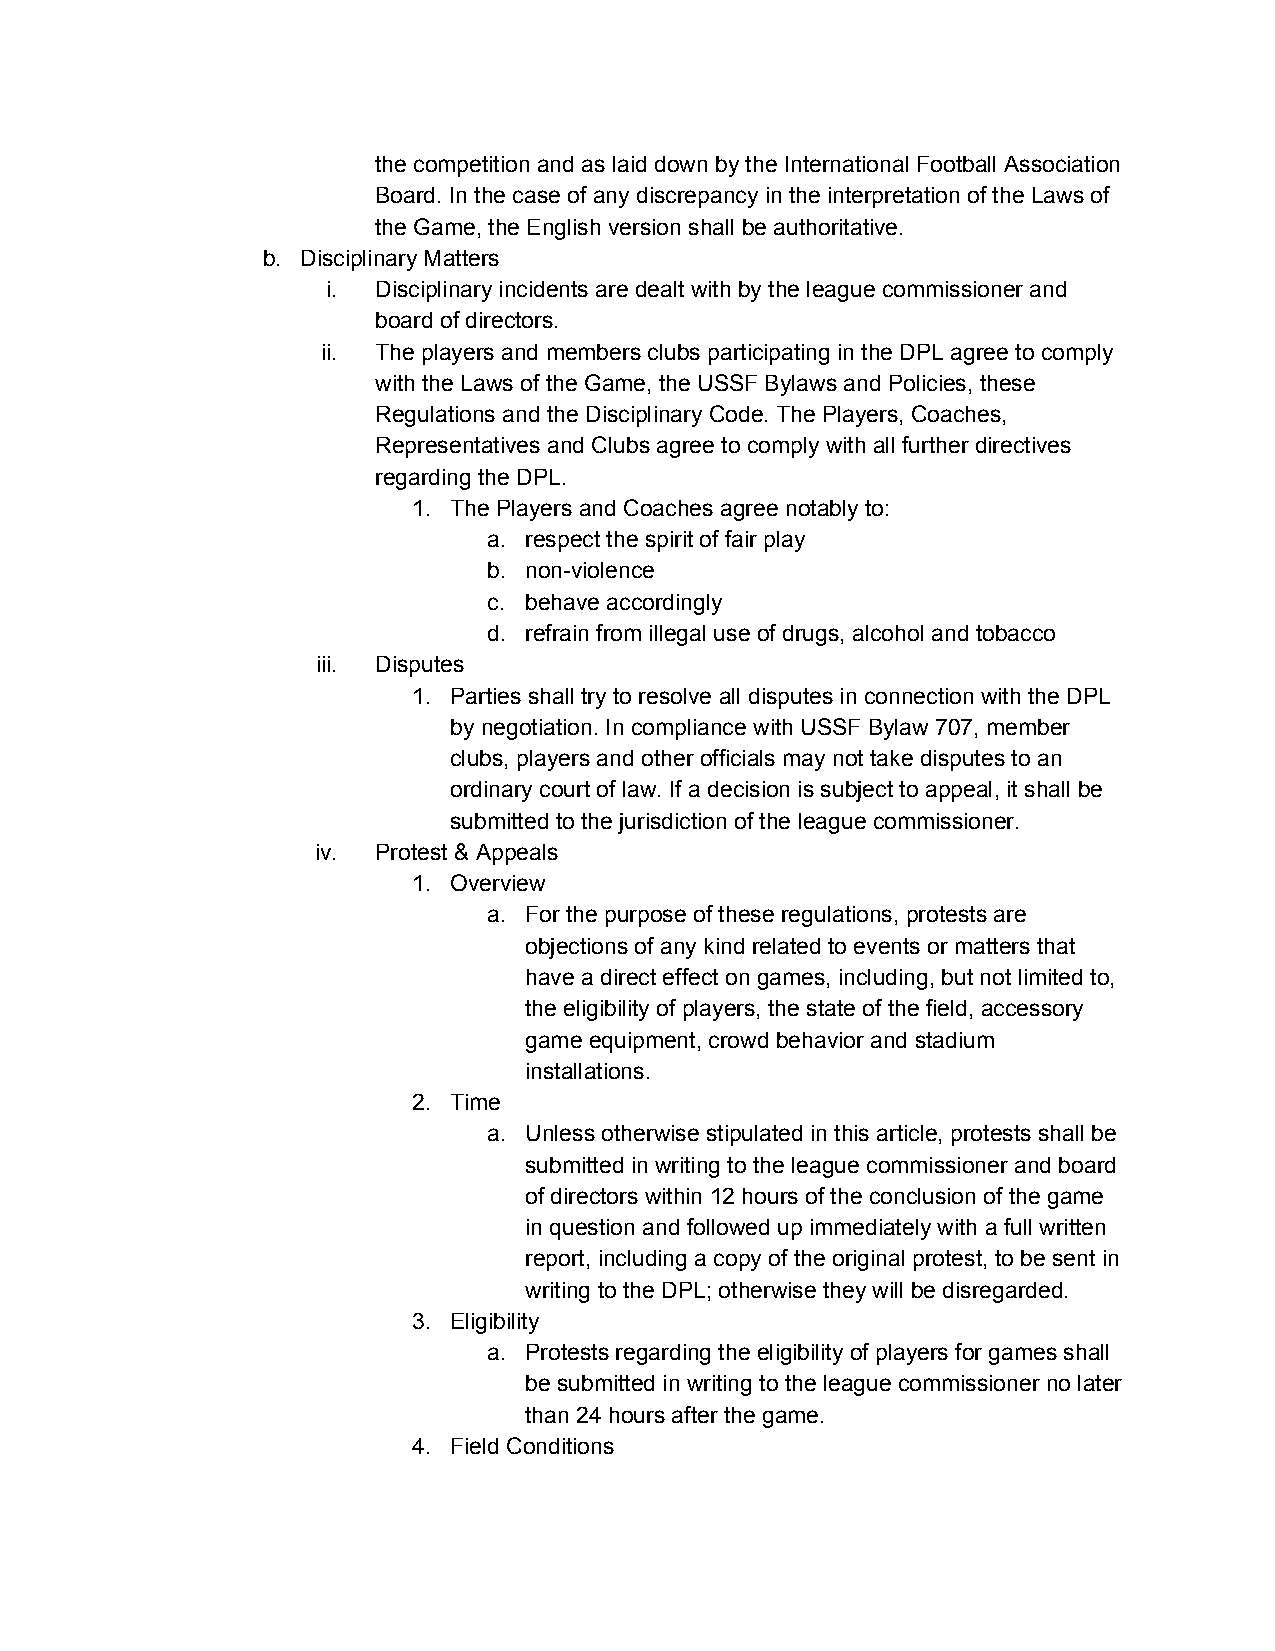
the competition and as laid down by the International Football Association
 Board. In the case of any discrepancy in the interpretation of the Laws of
 the Game, the English version shall be authoritative.
 b. Disciplinary Matters
 i. Disciplinary incidents are dealt with by the league commissioner and
 board of directors.
 ii. The players and members clubs participating in the DPL agree to comply
 with the Laws of the Game, the USSF Bylaws and Policies, these
 Regulations and the Disciplinary Code. The Players, Coaches,
 Representatives and Clubs agree to comply with all further directives
 regarding the DPL.
 1. The Players and Coaches agree notably to:
 a. respect the spirit of fair play
 b. non-violence
 c. behave accordingly
 d. refrain from illegal use of drugs, alcohol and tobacco
 iii. Disputes
 1. Parties shall try to resolve all disputes in connection with the DPL
 by negotiation. In compliance with USSF Bylaw 707, member
 clubs, players and other officials may not take disputes to an
 ordinary court of law. If a decision is subject to appeal, it shall be
 submitted to the jurisdiction of the league commissioner.
 iv. Protest & Appeals
 1. Overview
 a. For the purpose of these regulations, protests are
 objections of any kind related to events or matters that
 have a direct effect on games, including, but not limited to,
 the eligibility of players, the state of the field, accessory
 game equipment, crowd behavior and stadium
 installations.
 2. Time
 a. Unless otherwise stipulated in this article, protests shall be
 submitted in writing to the league commissioner and board
 of directors within 12 hours of the conclusion of the game
 in question and followed up immediately with a full written
 report, including a copy of the original protest, to be sent in
 writing to the DPL; otherwise they will be disregarded.
 3. Eligibility
 a. Protests regarding the eligibility of players for games shall
 be submitted in writing to the league commissioner no later
 than 24 hours after the game.
 4. Field Conditions